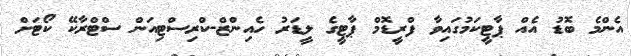
އެންމެ ބޮޑު އެއް ޕާޓީކަމުގައިވާ ފްރީޑޮމް ޕާޓީގެ ލީޑަރު ހެއިންޒް-ކްރިސްޓިއަން ސްޓްރާކޭ ކޯޓަށް